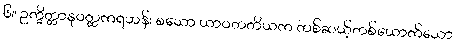
၆။ ဥက္ခိတ္တာနုဝတ္တကရဟန်း စသော ယာဝတတိယက တစ်ဆယ့်တစ်ယောက်သော